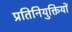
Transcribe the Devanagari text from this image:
प्रतिनियुक्तियों